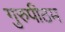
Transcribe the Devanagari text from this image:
गुरुपीठम